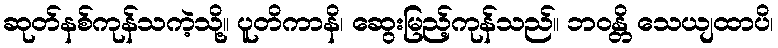
ဆုတ်နစ်ကုန်သကဲ့သို့။ ပူတိကာနိ၊ ဆွေးမြည့်ကုန်သည်။ ဘဝန္တိ သေယျထာပိ၊